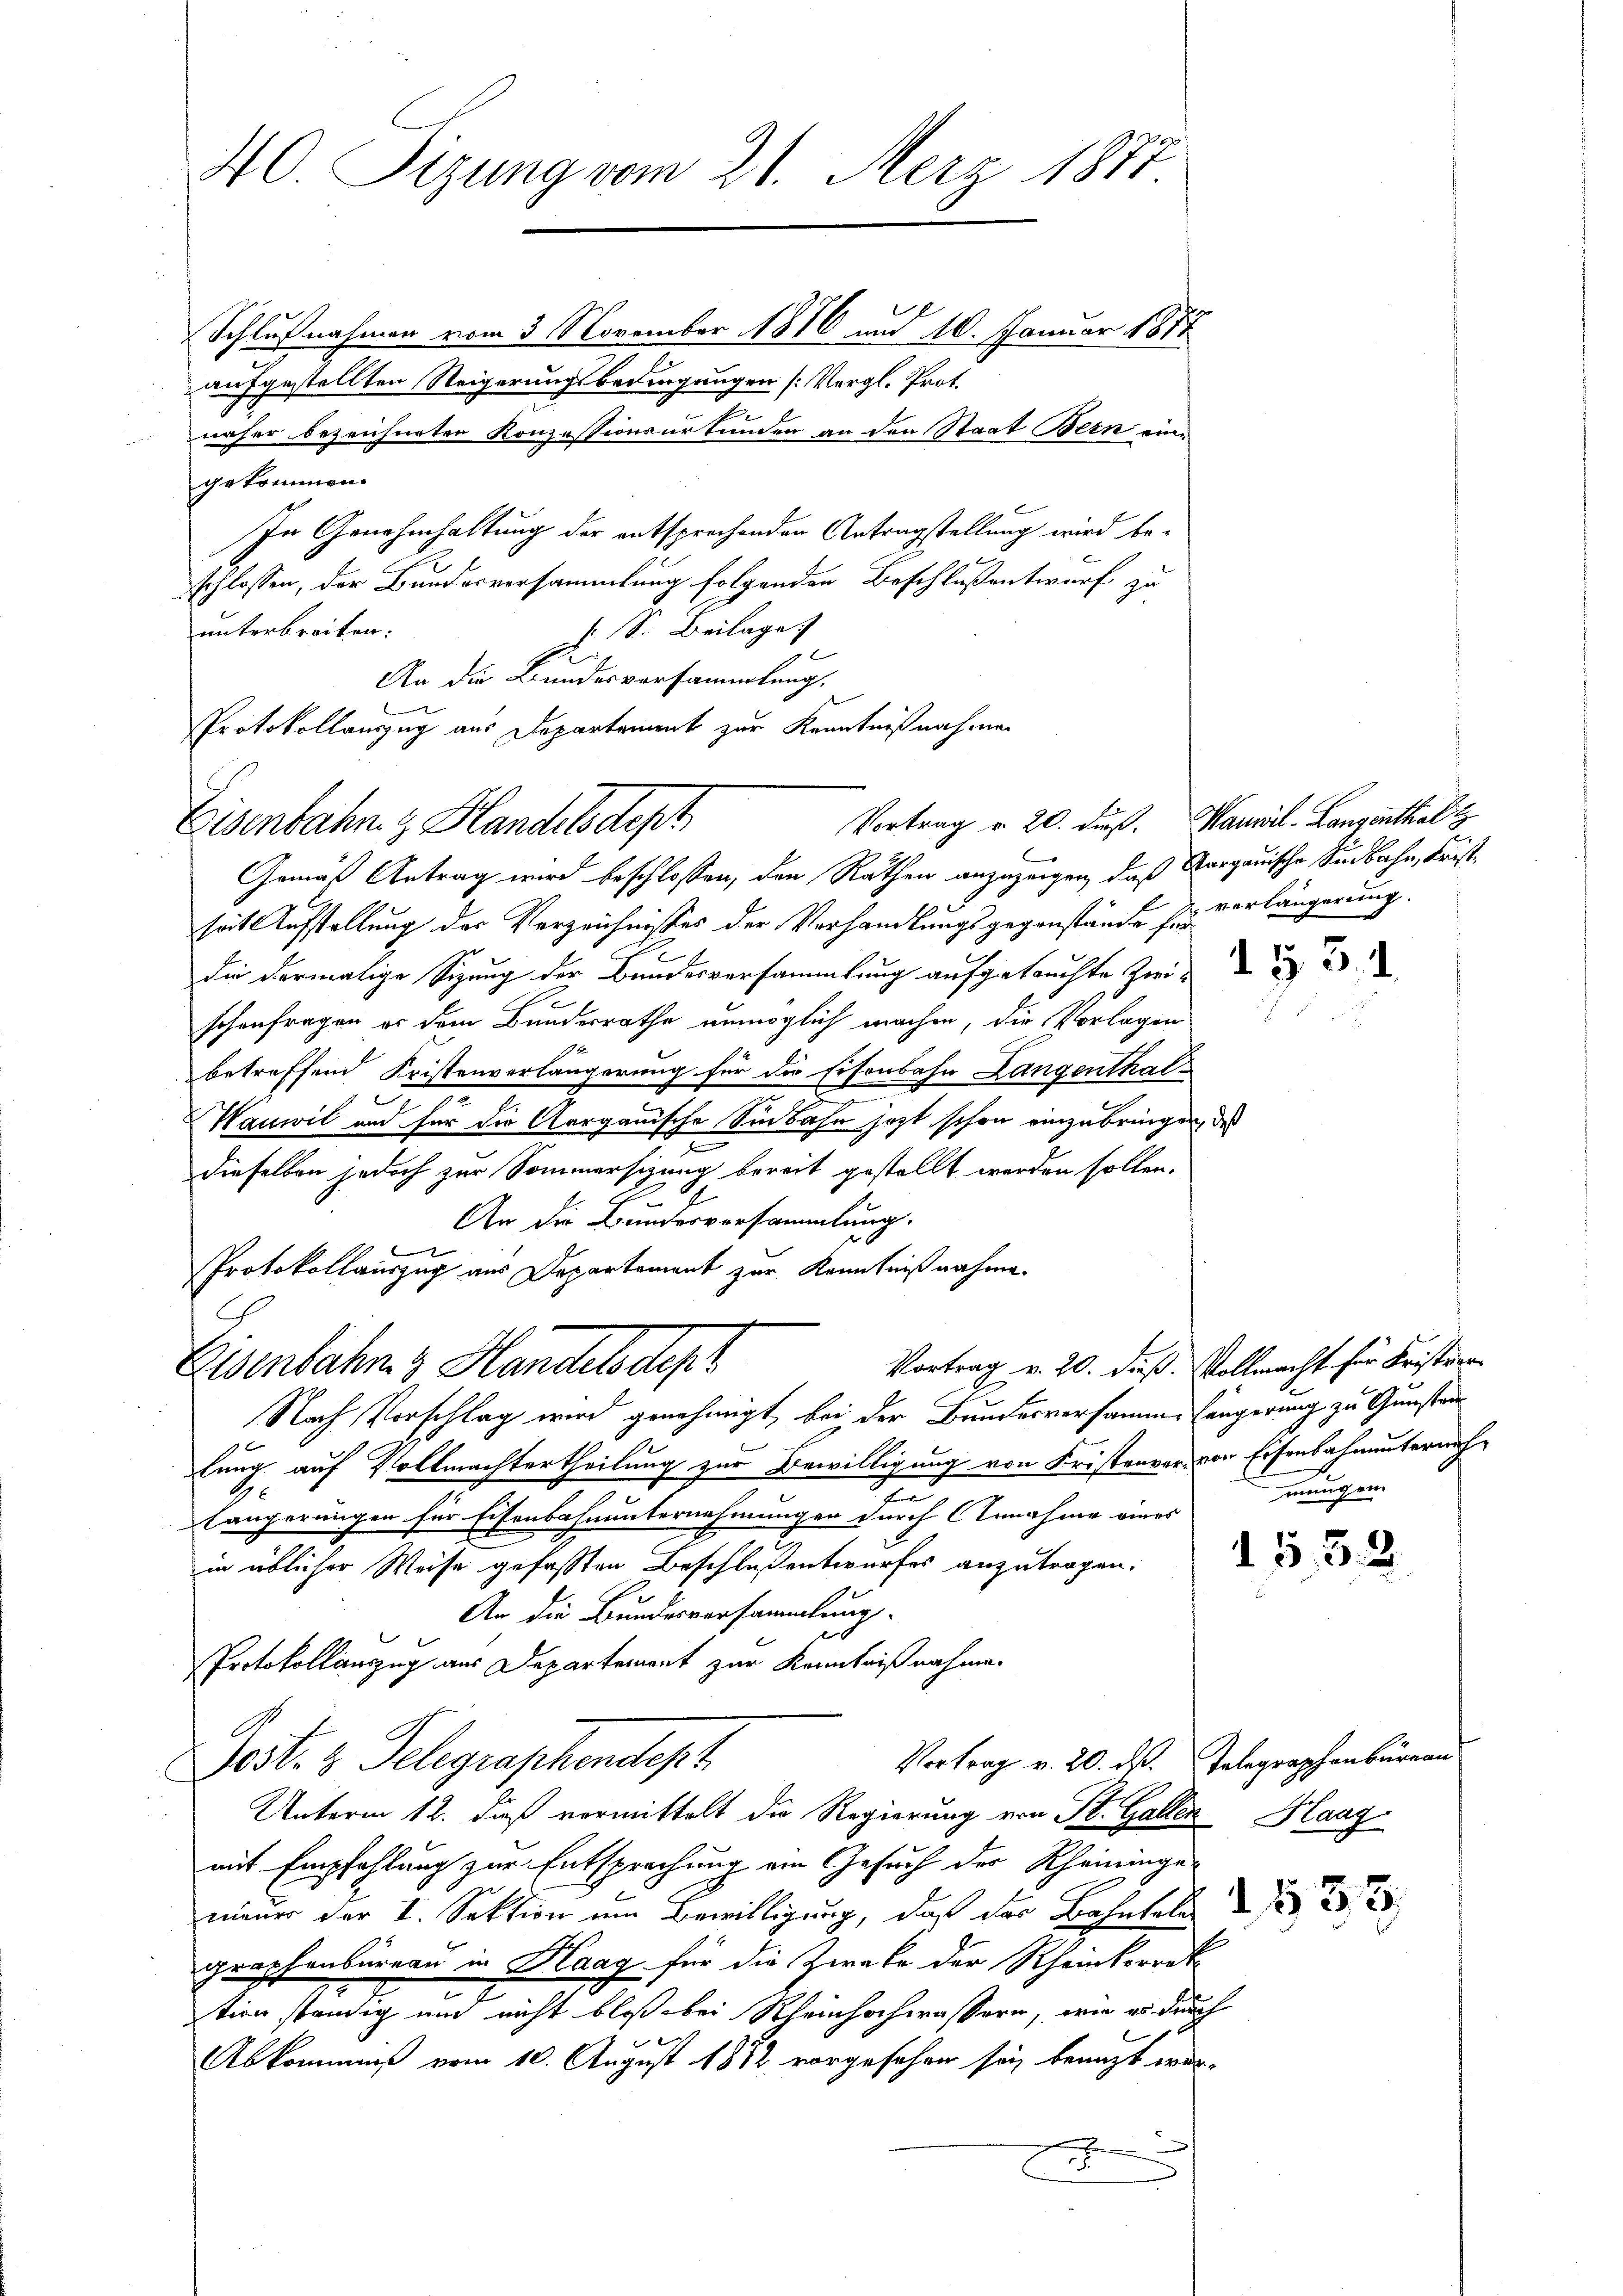
40. Sizung vom 21. Merz 1877
Schlußnahmen vom 3. November 1816 und 10. Januar 1877
aufgestellten Steigerungsbedingungen [Vergl. Prof.

näher bezeichneten Konzessionsurkunden an den Staat Bern ein
gekommen.
In Genehmhaltung der entsprechenden Antragstellung wird beschlossen, der Bundesversammlung folgenden Beschlußentwurf zu
s. S. Beilage
unterbreiten:
An die Bundesversammlung.
Eisenbahn & Handelsdept
Gemäß Antrag wird beschlossen, den Rathen anzuzeigen, daß Aargauische Seebahn, Fristseit Aufstellung des Verzeichnisses der Verhandlungsgegenstände für verlängerung.
die dermalige Sitzung der Bundesversammlung aufgetrachte Zeit
schenfragen es dem Bundesrathe unmöglich machen, die Vorlagen
1
betreffend Fristenverlängerung für die Eisenbahn Langenthal
Wanwil und für die Aargauische Sinbahn jetzt schon einzubringen, des
e
dieselben jedoch zur Sommersizung bereit gestellt werden sollen.
An die Bundesversammlung.
Protokollauszug aus Departement zur Kenntnißnahme.
G
Vortrag v. 20. dieß. Vollmacht für Fristren¬
Eisenbahn & Handels dep
Nach Vorschlag wird genehmigt, bei der Bundesversamme längerung zu Gunsten
lung auf Vollmachtertheilung zur Bewilligung von Fristenrer, von Eisenbahnunternach¬
Längerungen für Eisenbahnunternehmungen durch Annahme eines
in üblicher Weise gefassten Beschlußentwurfes anzutragen.
An die Bundesversammlung.
Protokollauszug aus Departement zur Kenntnißnahme.
Vortrag v. 20. ds. Telegraphenburgau
Post. 2 Telegraphendept
Unterm 12. daß vermittelt die Regierung von St. Gallen Haag
mit Empfehlung zur Entsprechung ein Gesuch der Rheininge
nauer der I. Sektion um Bewilligung, daß der Bahntel 2 f 22
graphenbüreau in Haag für die Zweke der Rheinkorrek
7
tion ständig und nicht bloß bei Rheinhochwassern, wie es durch
Abkommniß vom 10. August 1882 vorgesehen sei, beauft wer-
3
e

Protokollauszug aus Departement zur Kenntnißnahmen
Vortrag v. 20. dieß. Hauwil-Langenthalt

mungen.

d. 5. 52